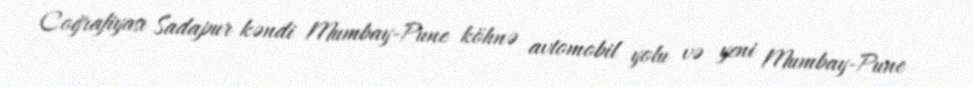
Coğrafiyası Sadapur kəndi Mumbay-Pune köhnə avtomobil yolu və yeni Mumbay-Pune